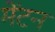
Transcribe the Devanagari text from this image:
मेंटन